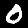
Label: 0